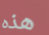
هذه